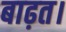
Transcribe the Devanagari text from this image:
बाढ़त।